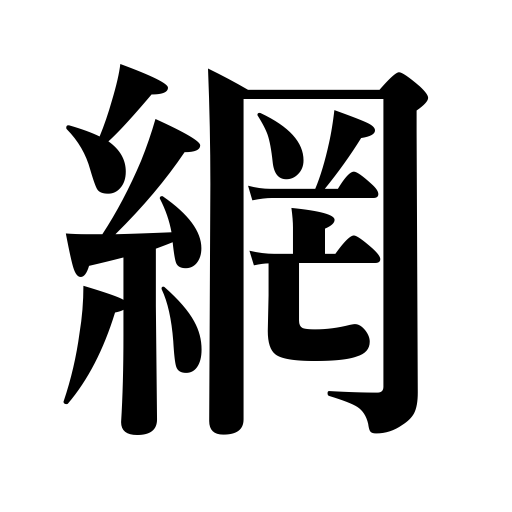
Meanings: net,netting,network